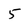
Character: 5